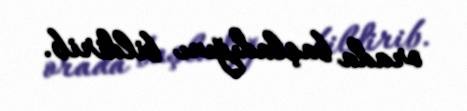
orada başladığını bildirib.